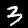
Label: 3